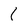
Character: l